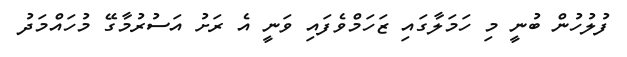
ފުލުހުން ބުނީ މި ހަމަލާގައި ޒަހަމްވެފައި ވަނީ އެ ރަށު އަސުރުމާގޭ މުހައްމަދު